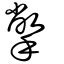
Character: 撆